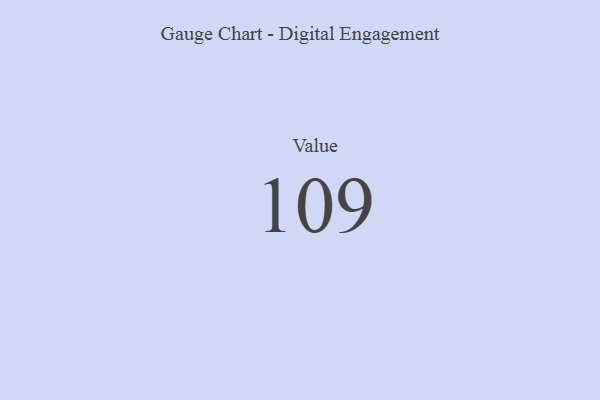
{"axis": {"x": "Metric", "y": "Value"}, "legend": [""], "data": [{"x": "Value", "y": 109, "type": ""}]}